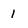
Character: 1